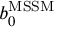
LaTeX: b _ { 0 } ^ { \mathrm { M S S M } }